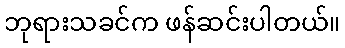
ဘုရားသခင်က ဖန်ဆင်းပါတယ်။